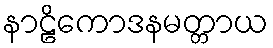
နာဠိကောဒနမတ္တာယ